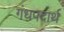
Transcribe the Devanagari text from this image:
गंधपदार्थ